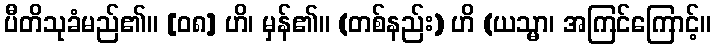
ပီတိသုခံမည်၏။ [၀၈] ဟိ၊ မှန်၏။ (တစ်နည်း) ဟိ (ယသ္မာ၊ အကြင်ကြောင့်။